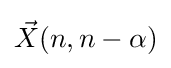
{\vec {X}}(n,n-\alpha )